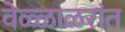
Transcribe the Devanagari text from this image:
वेळ्ळाळरांत